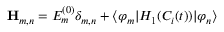
{ \bf H } _ { m , n } = { \cal E } _ { m } ^ { ( 0 ) } \delta _ { m , n } + \langle \varphi _ { m } | H _ { 1 } ( C _ { i } ( t ) ) | \varphi _ { n } \rangle